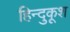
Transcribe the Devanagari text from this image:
हिन्दुकूश